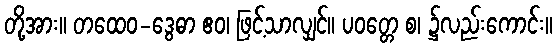
တို့အား။ တထေဝ-ဒွေဓာ ဧဝ၊ ဖြင့်သာလျှင်။ ပဝတ္တေ စ၊ ၌လည်းကောင်း။